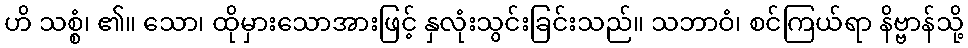
ဟိ သစ္စံ၊ ၏။ သော၊ ထိုမှားသောအားဖြင့် နှလုံးသွင်းခြင်းသည်။ သဘာဝံ၊ စင်ကြယ်ရာ နိဗ္ဗာန်သို့